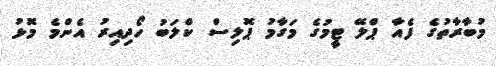
މުބާރާތުގެ ފެއާ ޕްލޭ ޓީމުގެ މަގާމު ޕޮލިސް ކްލަބު ހޯދިއިރު އެންމެ މޮޅު